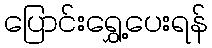
ပြောင်းရွှေ့ပေးရန်